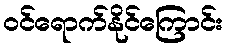
ဝင်ရောက်နိုင်ကြောင်း